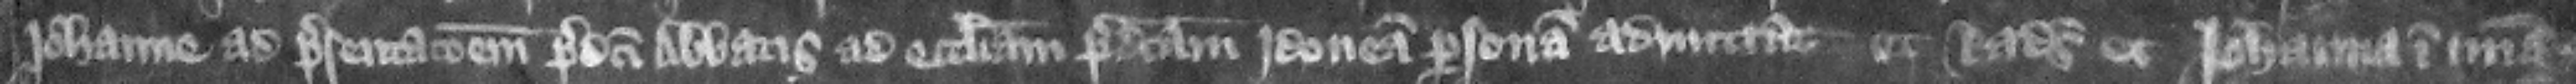
Iohanne ad presentacionem predict abbatis ad ecclesiam predictam idoneam personam admittat. Et Radulfus et Iohanna in misericordia.